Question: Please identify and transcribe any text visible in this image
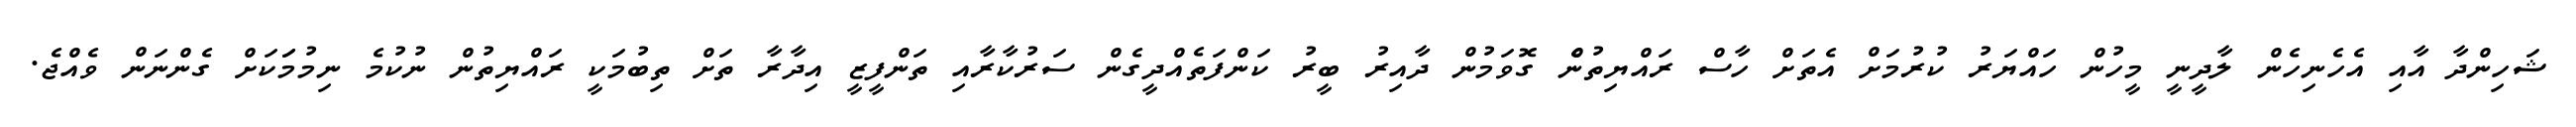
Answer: ޝަހިންދާ އާއި އެހެނިހެން ލާދީނީ މީހުން ހައްޔަރު ކުރުމަށް އެތަށް ހާސް ރައްޔިތުނެް ގޮވަމުން ދާއިރު ބީރު ކަންފަތެއްދީގެން ސަރުކާރާއި ތަންފީޒީ އިދާރާ ތަށް ތިބުމަކީ ރައްޔިތުން ނުކުމެ ނިމުމަަކަށް ގެންނަން ވެއްޖެ.